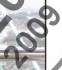
2009